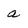
Character: a